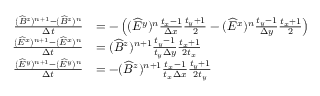
\begin{array} { r l } { \frac { ( \widehat B ^ { z } ) ^ { n + 1 } - ( \widehat B ^ { z } ) ^ { n } } { \Delta t } } & { = - \left( ( \widehat E ^ { y } ) ^ { n } \frac { t _ { x } - 1 } { \Delta x } \frac { t _ { y } + 1 } { 2 } - ( \widehat E ^ { x } ) ^ { n } \frac { t _ { y } - 1 } { \Delta y } \frac { t _ { x } + 1 } { 2 } \right) } \\ { \frac { ( \widehat E ^ { x } ) ^ { n + 1 } - ( \widehat E ^ { x } ) ^ { n } } { \Delta t } } & { = ( \widehat B ^ { z } ) ^ { n + 1 } \frac { t _ { y } - 1 } { t _ { y } \Delta y } \frac { t _ { x } + 1 } { 2 t _ { x } } } \\ { \frac { ( \widehat E ^ { y } ) ^ { n + 1 } - ( \widehat E ^ { y } ) ^ { n } } { \Delta t } } & { = - ( \widehat B ^ { z } ) ^ { n + 1 } \frac { t _ { x } - 1 } { t _ { x } \Delta x } \frac { t _ { y } + 1 } { 2 t _ { y } } } \end{array}